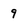
Character: 9